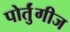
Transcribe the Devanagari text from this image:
पोर्तुंगीज